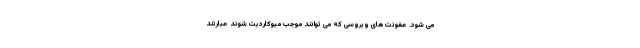
می شود. عفونت های ویروسی که می توانند موجب میوکاردیت شوند عبارتند